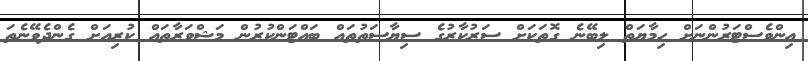
އިންވެސްޓަރުންނަށް ހިމާޔަތް ލިބޭނެ ގޮތަކަށް ސަރުކާރުގެ ސިޔާސަތުތައް ބައްޓަންކުރުން މަޝްވަރާތައް ކުރިއަށް ގެންދެވޭނެތަ